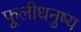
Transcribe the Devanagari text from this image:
फूलीधनुष्य